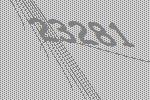
23281